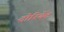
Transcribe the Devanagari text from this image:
दोरियेंट